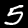
Digit: 5